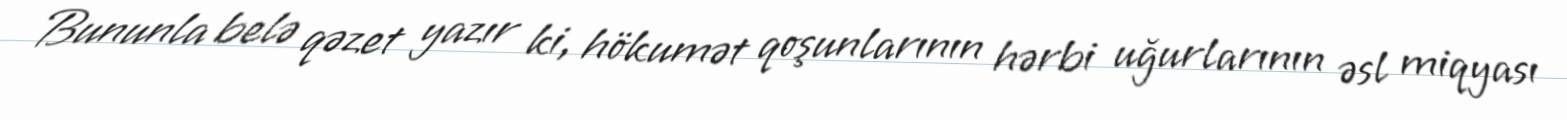
Bununla belə qəzet yazır ki, hökumət qoşunlarının hərbi uğurlarının əsl miqyası